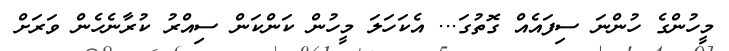
މީހުންގެ ހުންނަ ސިފައެއް ގޮތުގަ... އެކަހަލަ މީހުން ކަންކަން ސިއްރު ކުރާނެހެން ވަރަށް